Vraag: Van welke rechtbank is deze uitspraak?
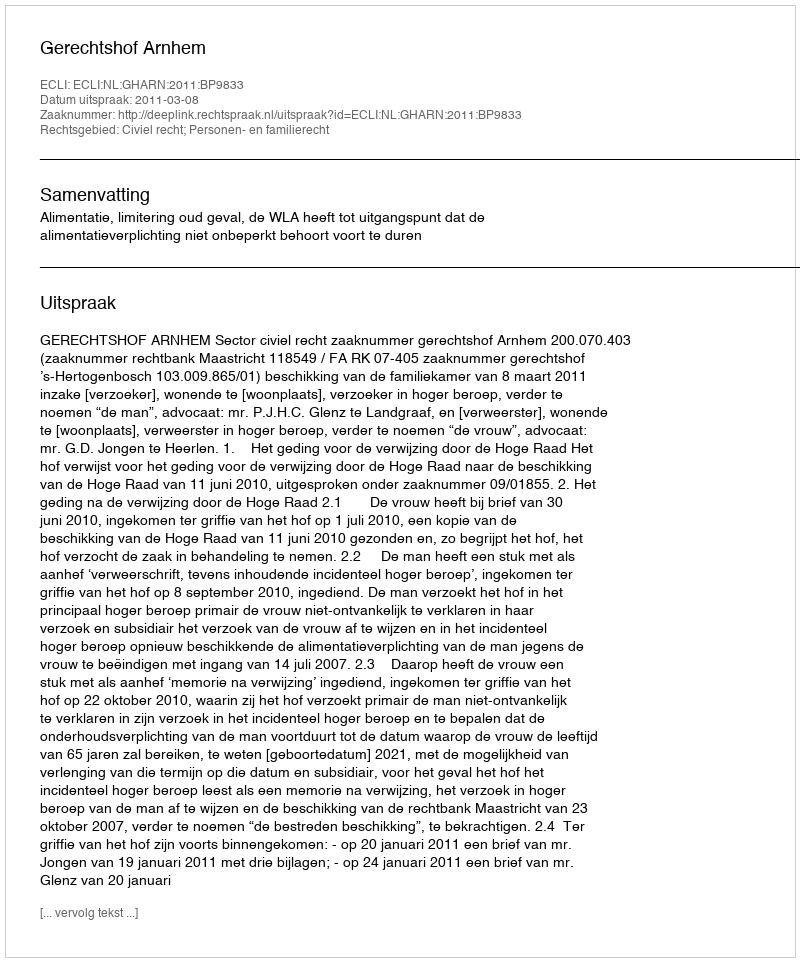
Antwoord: Gerechtshof Arnhem